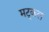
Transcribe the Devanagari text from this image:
मट्कल